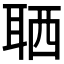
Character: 𦕩